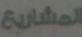
المشاريع